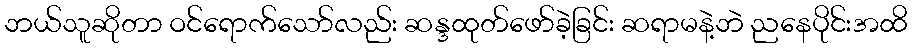
ဘယ်သူဆိုတာ ဝင်ရောက်သော်လည်း ဆန္ဒထုတ်ဖော်ခဲ့ခြင်း ဆရာမနဲ့ဘဲ ညနေပိုင်းအထိ